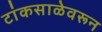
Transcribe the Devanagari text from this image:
टांकसाळेवरून